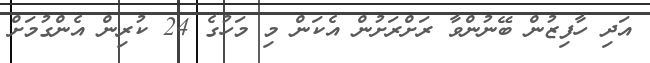
އަދި ހާފިޒުން ބޭނުންވާ ރަށްރަށުން އެކަން މި މަހުގެ 24 ކުރިން އެންގުމަށް